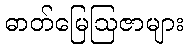
ဓာတ်မြေဩဇာများ